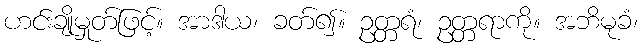
ဟင်းချိုမှုတ်ဖြင့်။ အာဒါယ၊ ခတ်၍။ ဥတ္တရံ၊ ဥတ္တရာကို။ အဘိမုခံ၊